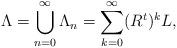
LaTeX: \begin{align*}\Lambda =\bigcup_{n=0}^{\infty}\Lambda_n=\sum_{k=0}^{\infty}(R^{t})^{k}L,\end{align*}